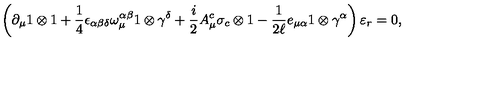
\left( \partial _ { \mu } 1 \otimes 1 + \frac { 1 } { 4 } \epsilon _ { \alpha \beta \delta } \omega _ { \mu } ^ { \alpha \beta } 1 \otimes \gamma ^ { \delta } + \frac { i } { 2 } A _ { \mu } ^ { c } \sigma _ { c } \otimes 1 - \frac { 1 } { 2 \ell } e _ { \mu \alpha } 1 \otimes \gamma ^ { \alpha } \right) \varepsilon _ { r } = 0 ,